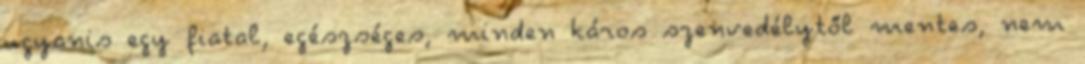
ugyanis egy fiatal, egészséges, minden káros szenvedélytől mentes, nem